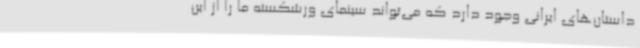
داستان‌های ایرانی وجود دارد که می‌تواند سینمای ورشکسته ما را از این